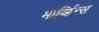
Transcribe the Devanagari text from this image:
मार्व्हिन्स